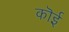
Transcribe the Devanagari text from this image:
कॊई